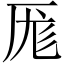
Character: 厖